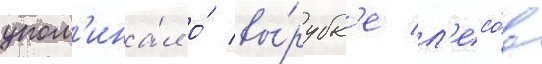
упом'ина́л о́ вы́рубк'е л'есо́в